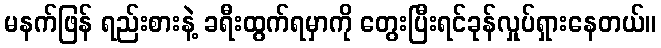
မနက်ဖြန် ရည်းစားနဲ့ ခရီးထွက်ရမှာကို တွေးပြီးရင်ခုန်လှုပ်ရှားနေတယ်။